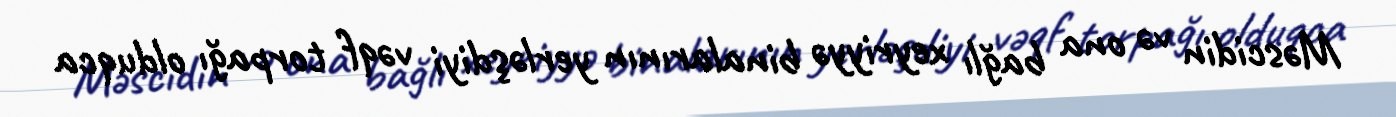
Məscidin və ona bağlı xeyriyyə binalarının yerləşdiyi vəqf torpağı olduqca